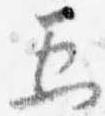
五